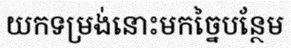
យកទម្រង់នោះមកច្នៃបន្ថែម